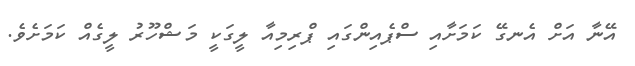
އޭނާ އަށް އެނގޭ ކަމަށާއި ސްޕެއިންގައި ޕްރިމިއާ ލީގަކީ މަޝްހޫރު ލީގެއް ކަމަށެވެ.